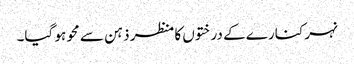
نہر کنارے کے درختوں کا منظر ذہن سے محو ہو گیا۔